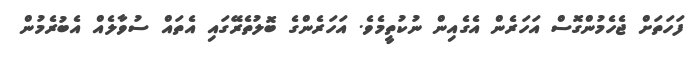
ފަހަތަށް ޖެހެމުންގޮސް އަހަރެން އެގެއިން ނުކުތީމެވެ. އަހަރެންގެ ބޮލުތެރޭގައި އެތައް ސުވާލެއް އެބުރެމުން